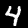
Label: 4